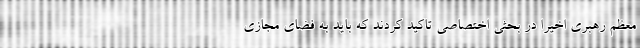
معظم رهبری اخیرا در بحثی اختصاصی تاکید کردند که باید به فضای مجازی